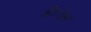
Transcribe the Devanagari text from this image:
औरडेल